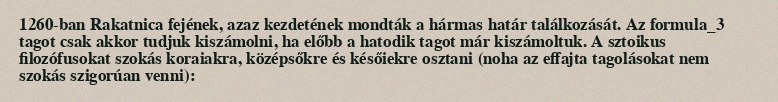
1260-ban Rakatnica fejének, azaz kezdetének mondták a hármas határ találkozását. Az formula_3 tagot csak akkor tudjuk kiszámolni, ha előbb a hatodik tagot már kiszámoltuk. A sztoikus filozófusokat szokás koraiakra, középsőkre és későiekre osztani (noha az effajta tagolásokat nem szokás szigorúan venni):